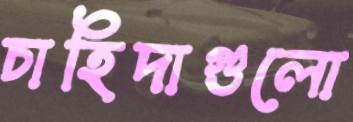
চাহিদাগুলো